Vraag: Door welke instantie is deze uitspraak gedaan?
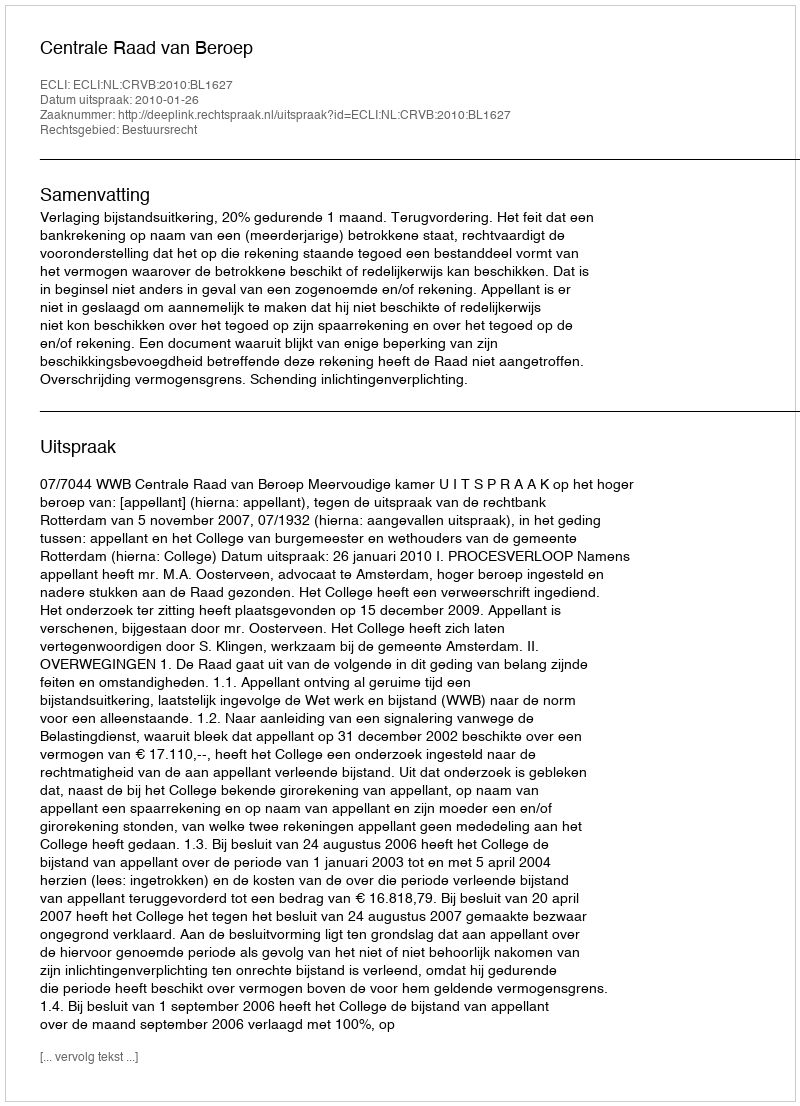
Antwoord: Centrale Raad van Beroep